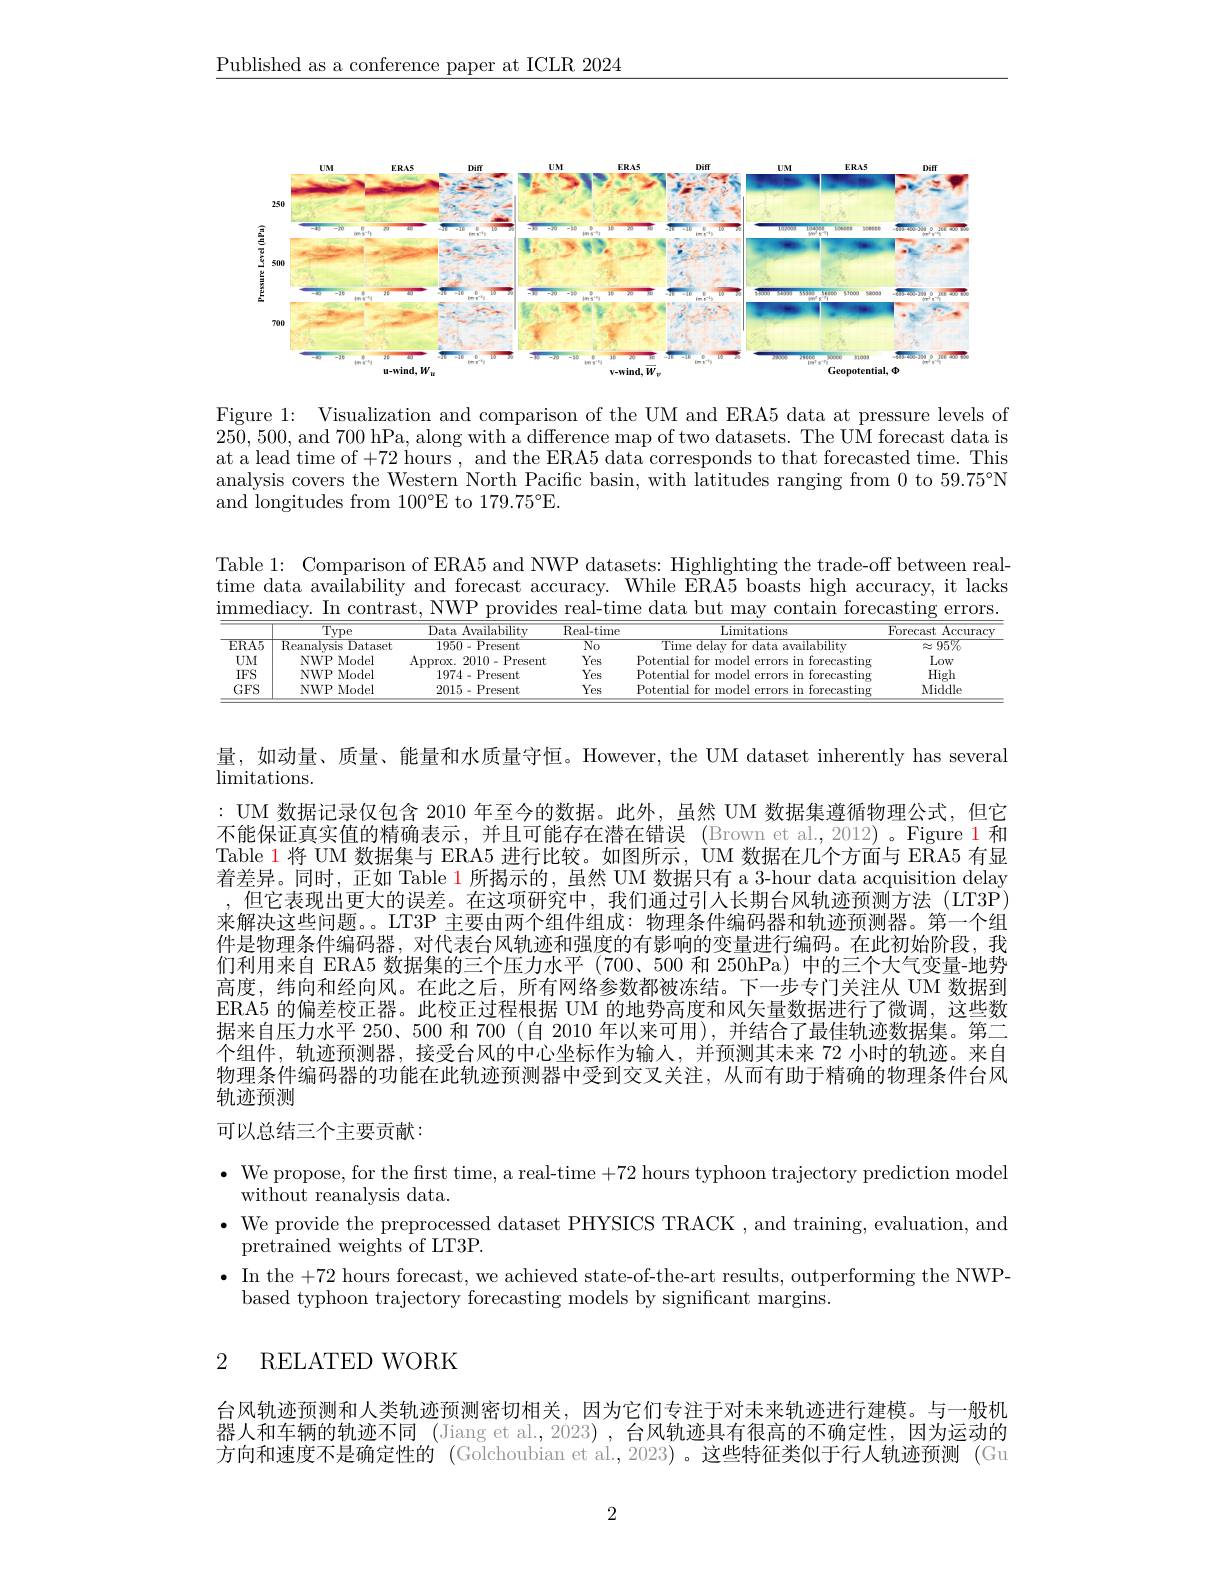
$\underline{\text{Published as a conference paper at ICLR 2024}}$

<FigureHere>

Figure 1: Visualization and comparison of the UM and ERA5 data at pressure levels of 250,500, and 700 hPa, along with a difference map of two datasets. The UM forecast data is at a lead time of +72 hours , and the ERA5 data corresponds to that forecasted time. This analysis covers the Western North Pacific basin, with latitudes ranging from 0 to 59.75°N and longitudes from 100°E to 179.75°E.

Table 1: Comparison of ERA5 and NWP datasets: Highlighting the trade-off between realtime data availability and forecast accuracy. While ERA5 boasts high accuracy, it lacks $\underline{\text{immediacy. In contrast, NWP provides real-time data but may contain forecasting errors.}}$

<table>
	<tbody>
		<tr>
			<th> </th>
			<th>$\overline{\mathrm{Type}}$</th>
			<th>Data Availability</th>
			<th>$\operatorname{Real-time}$</th>
			<th>Limitations</th>
			<th>Forecast $\operatorname{Accuracy}$</th>
		</tr>
		<tr>
			<td>$ERA5$</td>
			<td>Reanalvsis Dataset</td>
			<td>1950-Present</td>
			<td>$No$</td>
			<td>Time delaw availability tor 191-</td>
			<td>$\approx95\%$</td>
		</tr>
		<tr>
			<td>$UM$</td>
			<td>NWP Model</td>
			<td>Approx. 2010-Present</td>
			<td>Yes</td>
			<td>me</td>
			<td>Low</td>
		</tr>
		<tr>
			<td>$IFS$</td>
			<td>NWP Model</td>
			<td>1974-Present</td>
			<td>Yes</td>
			<td>tor mnda</td>
			<td>High</td>
		</tr>
		<tr>
			<td>$GFS$</td>
			<td>NWP Model</td>
			<td>2015-Present</td>
			<td>Yes</td>
			<td>tor mnda</td>
			<td>Middle</td>
		</tr>
	</tbody>
</table>

量，如动量、质量、能量和水质量守恒。However, the UM dataset inherently has several
limitations.
: UM 数据记录仅包含 2010 年至今的数据。此外，虽然 UM 数据集遵循物理公式，但它不能保证真实值的精确表示，并且可能存在潜在错误 (Brown et al.,2012)。Figure 1 和Table 1 将 UM 数据集与 ERA5 进行比较。如图所示，UM 数据在几个方面与 ERA5 有显着差异。同时，正如 Table $\color{red}{1\text{所揭示的，虽然 UM 数据只有 a 3-hour data acquisition delay}}$ ,但它表现出更大的误差。在这项研究中，我们通过引人长期台风轨迹预测方法(LT3P) 来解决这些问题。。LT3P 主要由两个组件组成：物理条件编码器和轨迹预测器。第一个组件是物理条件编码器，对代表台风轨迹和强度的有影响的变量进行编码。在此初始阶段，我们利用来自 ERA5 数据集的三个压力水平 (700、500 和 250hPa) 中的三个大气变量-地势高度，纬向和经向风。在此之后，所有网络参数都被冻结。下一步专门关注从 UM 数据到ERA5 的偏差校正器。此校正过程根据 UM 的地势高度和风矢量数据进行了微调，这些数据来自压力水平 250、500 和 700(自 2010 年以来可用),并结合了最佳轨迹数据集。第二个组件，轨迹预测器，接受台风的中心坐标作为输入，并预测其未来 72 小时的轨迹。来自物理条件编码器的功能在此轨迹预测器中受到交叉关注，从而有助于精确的物理条件台风轨迹预测
可以总结三个主要贡献：

$\bullet$ We propose, for the first time, a real-time +72 hours typhoon trajectory prediction model
without reanalysis data.
$\bullet$ We provide the preprocessed dataset PHYSICS TRACK, and training, evaluation, and
$\bar{\text{pretrained weights of LT3P.}}$
$\bullet$ In the +72 hours forecast, we achieved state-of-the-art results, outperforming the NWP-
based typhoon trajectory forecasting models by significant margins.

## 2 RELATED WORK

台风轨迹预测和人类轨迹预测密切相关，因为它们专注于对未来轨迹进行建模。与一般机器人和车辆的轨迹不同 (Jiang et al.,2023) ,台风轨迹具有很高的不确定性，因为运动的方向和速度不是确定性的 (Golchoubian et al.,2023) 。这些特征类似于行人轨迹预测 (Gu

2